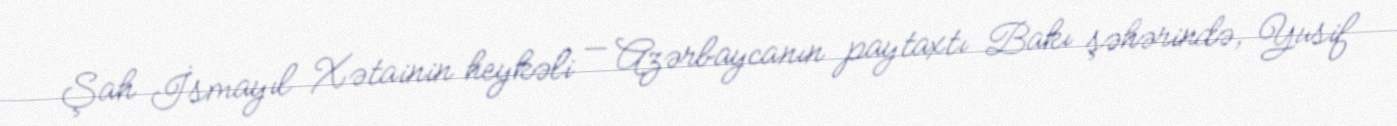
Şah İsmayıl Xətainin heykəli — Azərbaycanın paytaxtı Bakı şəhərində, Yusif